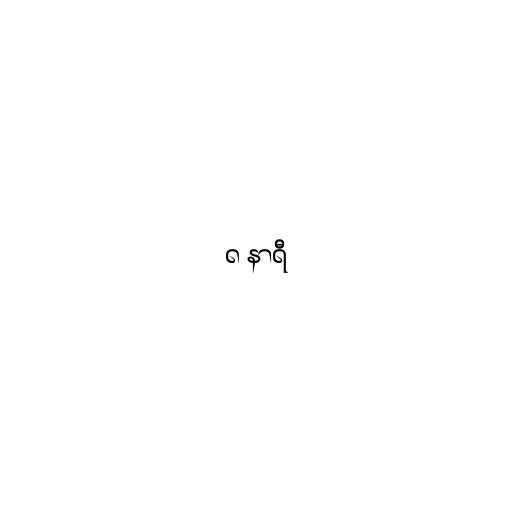
၈ နာရီ